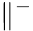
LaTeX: \parallel^{-}